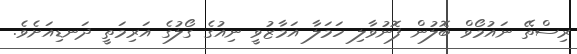
ރިސްތޭ ނައުމޯވް ބޮލުން ފޮނުވާލި ހަމަލާ އަމާޒުވީ ނިއުގެ ގޯލުގެ އަރިމަތީ ދަނޑިއަށެވެ.